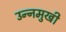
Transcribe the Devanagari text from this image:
उन्‍नमुखी